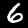
Label: 6